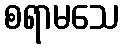
စရာမသေ